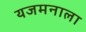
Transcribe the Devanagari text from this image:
यजमनाला